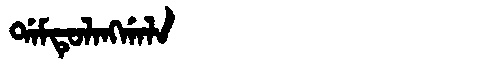
Manchu: ᡩᠠᠮᡨᡠᠯᠠᠩᡤᠠᠯᠠ
Romanization: DAMTULANGGALA